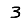
Digit: 3